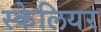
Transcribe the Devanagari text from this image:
स्केलियर